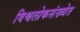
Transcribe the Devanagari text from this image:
विश्वलोकसंख्येत